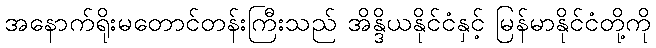
အနောက်ရိုးမတောင်တန်းကြီးသည် အိန္ဒိယနိုင်ငံနှင့် မြန်မာနိုင်ငံတို့ကို